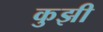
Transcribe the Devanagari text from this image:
कुझी